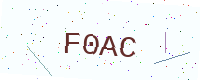
Text: F0AC